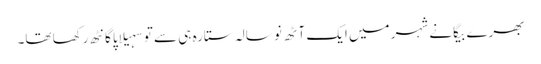
بھرے بیگانے شہر میں ایک آٹھ نو سالہ ستارہ ہی سے تو سہیلاپا گانٹھ رکھا تھا۔